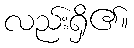
လည်းရှိ၏။